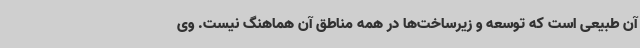
آن طبیعی است که توسعه و زیرساخت‌ها در همه مناطق آن هماهنگ نیست. وی